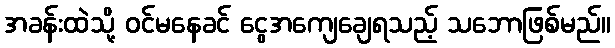
အခန်းထဲသို့ ဝင်မနေခင် ငွေအကျေချေရသည့် သဘောဖြစ်မည်။